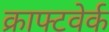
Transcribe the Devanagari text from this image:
क्राफ्टवेर्क